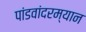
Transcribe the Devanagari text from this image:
पांडवांदरम्यान